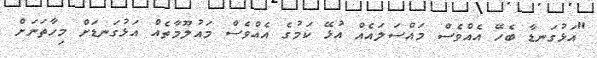
"އަޅުގަނޑާ ބެހޭ އެއްވެސް މައްސަލައެއް އުޅޭ ކަމުގެ އެއްވެސް މައުލޫމާތެއް އަޅުގަނޑަށް މިހާތަނަށް